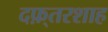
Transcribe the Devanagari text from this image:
दफ़्तरशाह